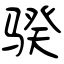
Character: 骙